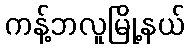
ကန့်ဘလူမြို့နယ်